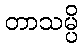
တာသမ္ပိ